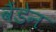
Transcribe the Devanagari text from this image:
वैंडेन